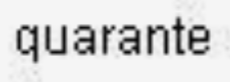
quarante